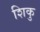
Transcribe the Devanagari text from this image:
शिकु